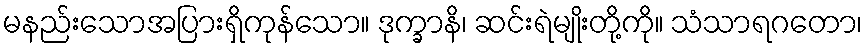
မနည်းသောအပြားရှိကုန်သော။ ဒုက္ခာနိ၊ ဆင်းရဲမျိုးတို့ကို။ သံသာရဂတော၊